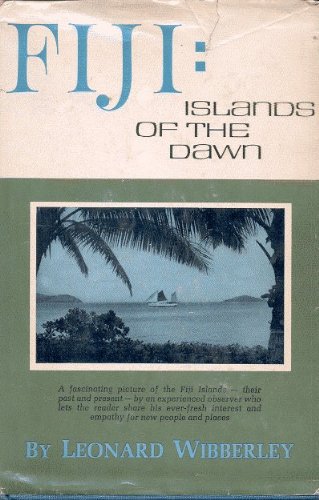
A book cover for Fiji: Islands of the dawn; Leonard Wibberley; Travel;